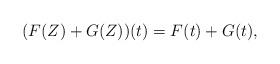
LaTeX: \begin{align*} (F(Z)+G(Z))(t)=F(t)+G(t),\end{align*}